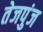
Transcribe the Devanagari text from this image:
तेजपुंज